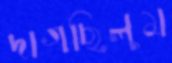
দাগছিলুম